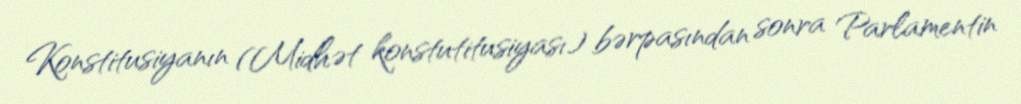
Konstitusiyanın (Midhət konstutitusiyası) bərpasından sonra Parlamentin